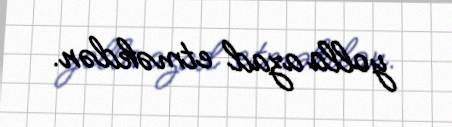
yolla azad etməkdən.